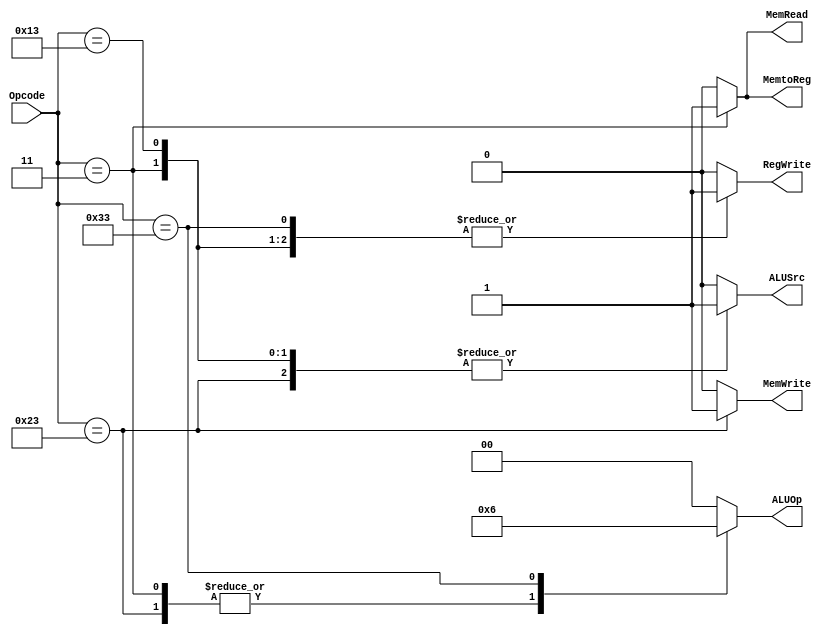
`timescale 1ns / 1ps
//************************************************************************//
// File name: processor                                                   //
//                                                                        //
// Created by Carlos Ornelas on 5/07/20.                                  //
// CECS 440: PROF: Maryam Seyyedhosseini                                  //                   
//                                                                        //
// NOTES:                                                                 //
//  This is the controller module. Its purpose is to control the main     //
//  function of the code 
//************************************************************************//


module Controller(Opcode, ALUSrc, 
                  MemtoReg, RegWrite, MemRead, MemWrite, 
                  ALUOp  );

input [6:0] Opcode;
output ALUSrc, MemtoReg, RegWrite, MemRead, MemWrite;
output [1:0] ALUOp;

reg ALUSrc, MemtoReg, RegWrite, MemRead, MemWrite;
reg [1:0] ALUOp;

// Look @ truth table
// This is how to format the Controller
// and control its behaivior. 
always@(*)
    case(Opcode)
    // load word
      7'b0000011 : begin                  
                     MemtoReg = 1'b1;
                     MemWrite = 1'b0;
                     MemRead = 1'b1;
                     ALUSrc = 1'b1;
                     RegWrite = 1'b1;
                     ALUOp = 2'b01;
                     end
    // store word
        7'b0100011 : begin                  
                     MemtoReg = 1'b0;
                     MemWrite = 1'b1;
                     MemRead = 1'b0;
                     ALUSrc = 1'b1;
                     RegWrite = 1'b0;
                     ALUOp = 2'b01;
                     end 
      // Immediate type instructions for RISC-V
        7'b0010011 : begin                  
                     MemtoReg = 1'b0;
                     MemWrite = 1'b0;
                     MemRead = 1'b0;
                     ALUSrc = 1'b1;
                     RegWrite = 1'b1;
                     ALUOp = 2'b00;
                     end
      //  Register type instruction
        7'b0110011 :begin                   
                     MemtoReg = 1'b0;
                     MemWrite = 1'b0;
                     MemRead = 1'b0;
                     ALUSrc = 1'b0;
                     RegWrite = 1'b1;
                     ALUOp = 2'b10;
                     end
      // Signals back to default "state" inactive 0
        default    :begin                   
                     MemtoReg = 1'b0;
                     MemWrite = 1'b0;
                     MemRead = 1'b0;
                     ALUSrc = 1'b0;
                     RegWrite = 1'b0;
                     ALUOp = 2'b00;
                     end
                     
    endcase
    
endmodule